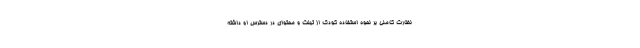
نظارت کاملی بر نحوه استفاده کودک از تبلت و محتوای در دسترس او داشته